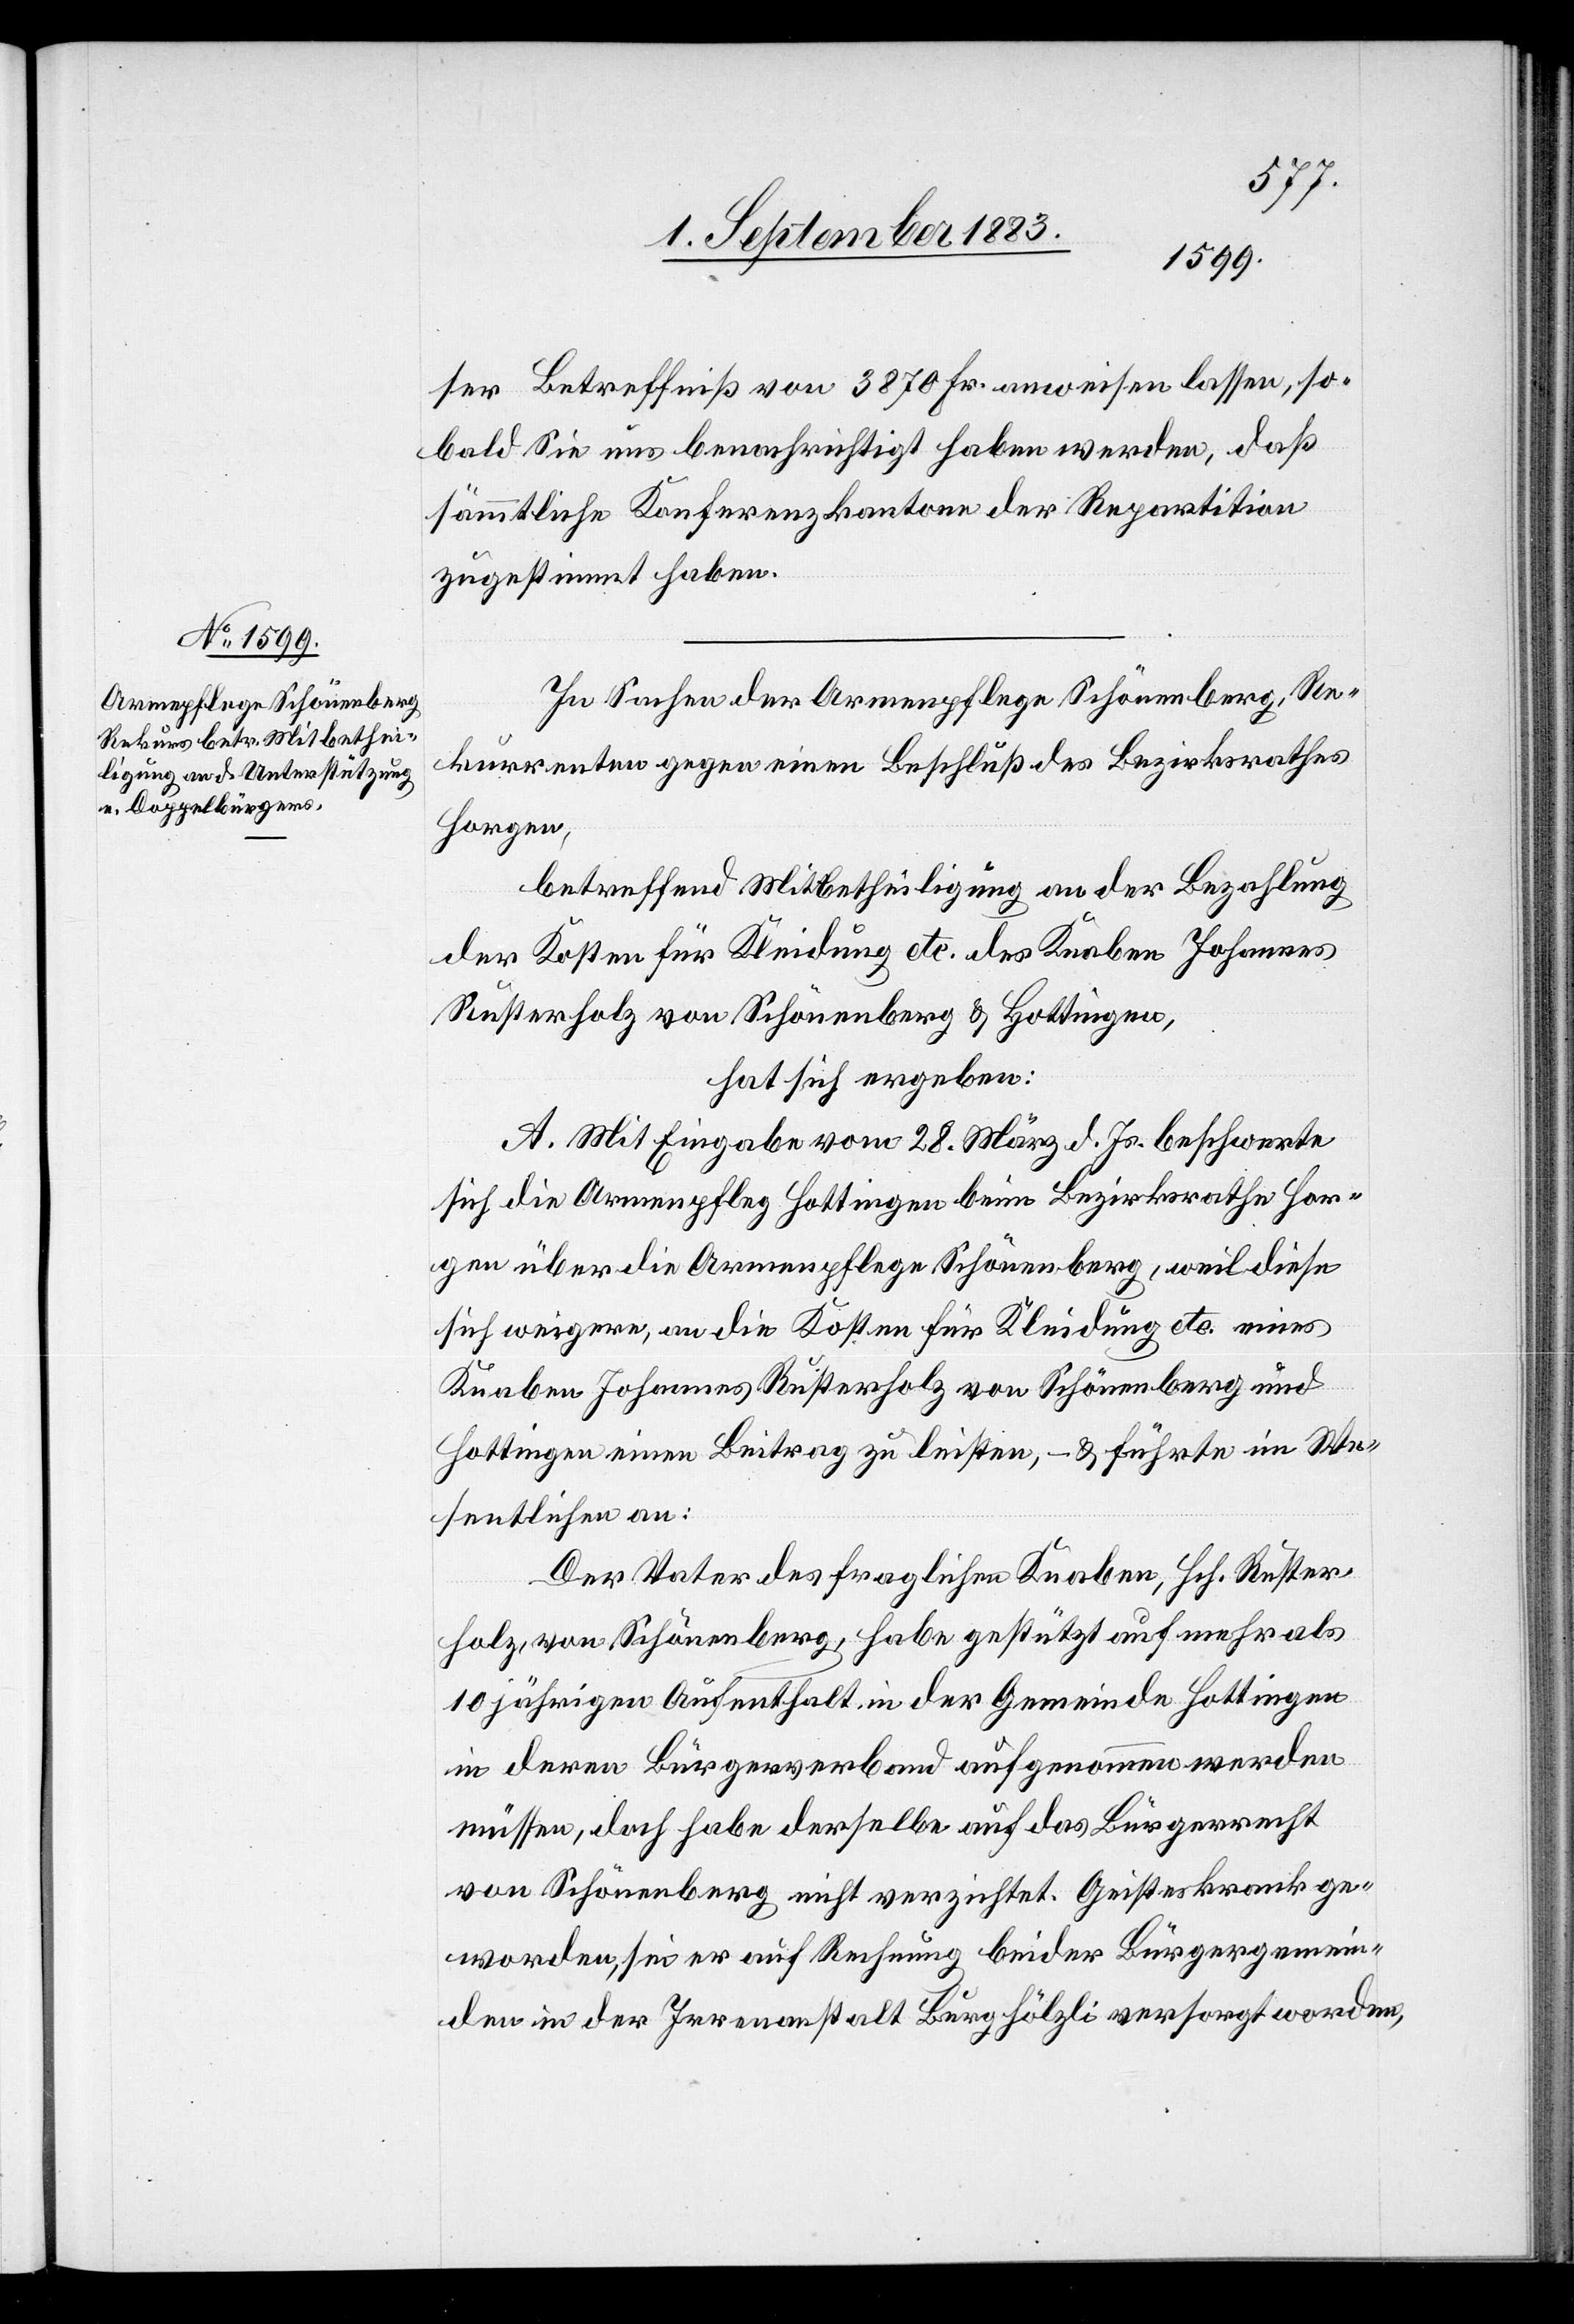
ser Betreffniß von 3870 Fr. anweisen lassen, so¬
bald Sie uns benachrichtigt haben werden, daß
sämmtliche Konferenzkantone der Repartition
zugestimmt haben.
In Sachen der Armenpflege Schönenberg, Re¬
kurrenten gegen einen Beschluß des Bezirksrathes
Horgen,
betreffend Mitbetheiligung an der Bezahlung
der Kosten für Kleidung etc. des Knaben Johannes
Rusterholz von Schönenberg & Hottingen,
hat sich ergeben:
A. Mit Eingabe vom 28. März d. Js. beschwerte
sich die Armenpflege Hottingen beim Bezirksrathe Hor¬
gen über die Armenpflege Schönenberg, weil diese
sich weigere, an die Kosten für Kleidung etc. eines
Knaben Johannes Rusterholz von Schönenberg und
Hottingen einen Beitrag zu leisten, – & führte im We¬
sentlichen an:
Der Vater des fraglichen Knaben, Hch. Ruster¬
holz, von Schönenberg, habe gestützt auf mehr als
10 jährigen Aufenthalt in der Gemeinde Hottingen
in deren Bürgerverband aufgenommen werden
müssen, doch habe derselbe auf das Bürgerrecht
von Schönenberg nicht verzichtet. Geisteskrank ge¬
worden, sei er auf Rechnung beider Bürgergemein¬
den in der Irrenanstalt Burghölzli versorgt worden,